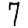
Digit: 7